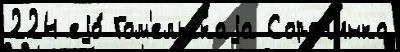
224 еjо́ Гом'ельскаjа Сорочинка